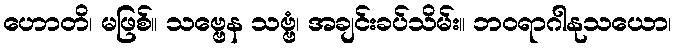
ဟောတိ၊ မဖြစ်။ သဗ္ဗေန သဗ္ဗံ၊ အချင်းခပ်သိမ်း။ ဘဝရာဂါနုသယော၊